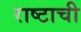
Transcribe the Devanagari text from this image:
राष्टाची